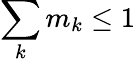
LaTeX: \sum_{k}m_{k}\leq 1